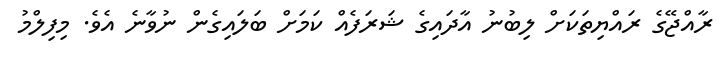
ރާއްޖޭގެ ރައްޔިތަކަށް ލިބުނު އާދައިގެ ޝަރަފެއް ކަމަށް ބަލައިގެން ނުވާނެ އެވެ. މިފިލްމު